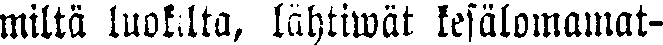
miltä luokilta, lähtiwät kesälomamat-